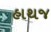
હાથજ